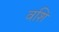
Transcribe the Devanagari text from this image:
वशि